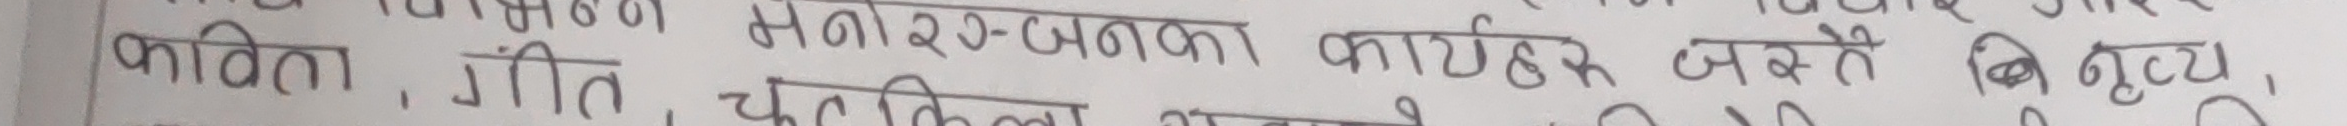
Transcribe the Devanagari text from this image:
कविता . गीत
मनोरंजनका कार्यकृ सबते बिद्युत्